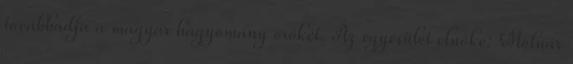
továbbadja a magyar hagyomány örökét. Az egyesület elnöke: Molnár